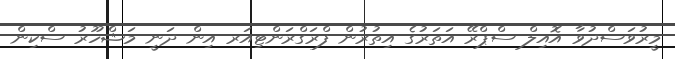
މީރުވަސްދުވާ އޮއިލް ސްޕްރޭ އަތަރުގެ އިތުރުން ފްރަގްރަންޓިއަރ އިން ދަނީ މަޝްހޫރު ސްކިން